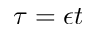
\tau = \epsilon t